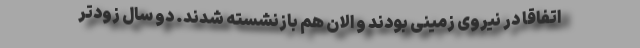
اتفاقاً در نیروی زمینی بودند و الان هم بازنشسته شدند. دو سال زودتر